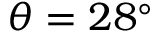
\theta = 2 8 ^ { \circ }